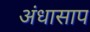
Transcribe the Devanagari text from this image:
अंधासाप